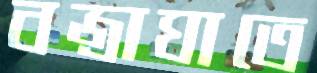
বজ্রাঘাতে